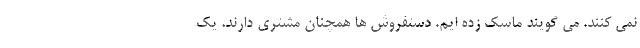
نمی کنند. می گویند ماسک زده ایم. دستفروش ها همچنان مشتری دارند. یک